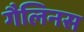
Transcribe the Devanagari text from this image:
गैलिनस